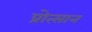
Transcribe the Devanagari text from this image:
प्रोत्सान